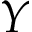
Y